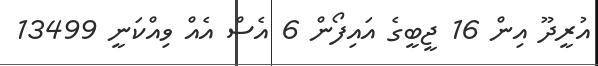
އުރީދޫ އިން 16 ޖީބީގެ އައިފޯން 6 އެސް އެއް ވިއްކަނީ 13499